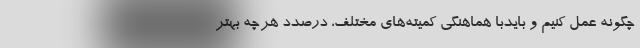
چگونه عمل کنیم و بایدبا هماهنگی کمیته‌های مختلف، درصدد هرچه بهتر